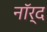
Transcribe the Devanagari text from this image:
नॉर्द